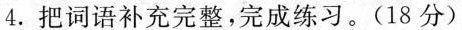
4.把词语补充完整，完成练习。(18分)